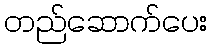
တည်ဆောက်ပေး